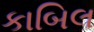
કાબિલ